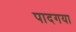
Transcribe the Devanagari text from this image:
पादगया